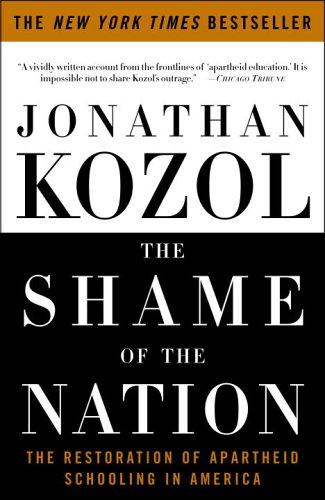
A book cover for The Shame of the Nation: The Restoration of Apartheid Schooling in America; Jonathan Kozol; History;